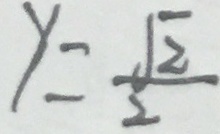
y = \frac { \sqrt { 2 } } { 2 }